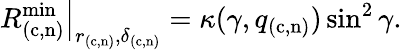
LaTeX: \left.R_{(\mathrm{c,n})}^{\mathrm{min}}\right|_{r_{(\mathrm{c,n})},\delta_{(\mathrm{c,n})}}=\kappa(\gamma,q_{(\mathrm{c,n})})\sin^{2}\gamma.